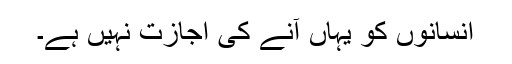
انسانوں کو یہاں آنے کی اجازت نہیں ہے۔